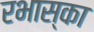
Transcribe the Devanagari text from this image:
रभास्‍का